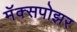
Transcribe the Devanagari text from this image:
मॅक्सपोझर